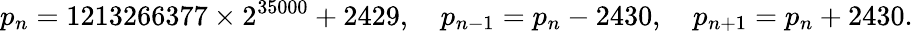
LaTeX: p_{n}=1213266377\times 2^{35000}+2429,\quad p_{n-1}=p_{n}-2430,\quad p_{n+1}=p_{n}+2430.